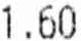
1.60